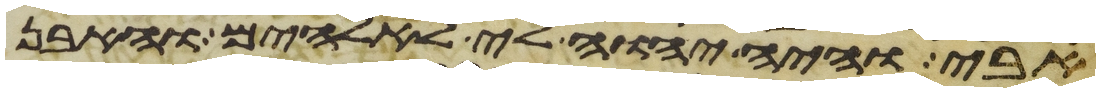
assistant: אבי והיה יהוה לי לאלהים והאבן